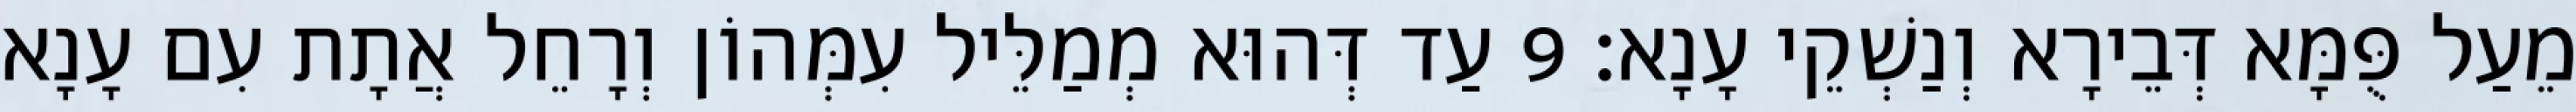
מֵעַל פֻּמָּא דְּבֵירָא וְנַשְׁקֵי עָנָא׃ 9 עַד דְּהוּא מְמַלֵּיל עִמְּהוֹן וְרָחֵל אֲתָת עִם עָנָא